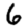
Digit: 6